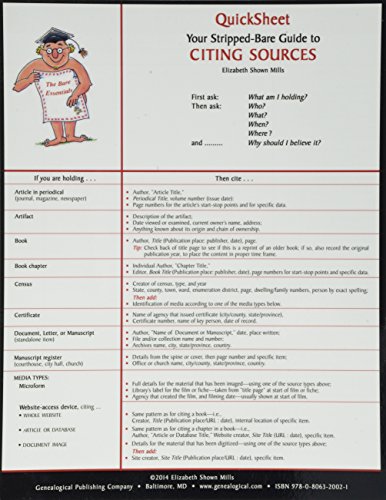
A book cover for Your Stripped-bare Guide to Citing Sources (Quicksheet); Elizabeth Shown Mills; Reference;